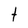
Character: t